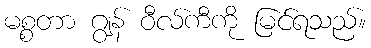
မစ္စတာ ဂျွန် ဝီလ်ကီကို မြင်ရသည်။